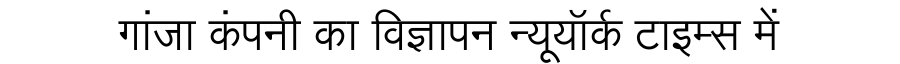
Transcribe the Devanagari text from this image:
गांजा कंपनी का विज्ञापन न्यूयॉर्क टाइम्स में